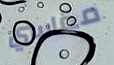
مقاسي